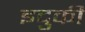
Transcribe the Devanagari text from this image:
इदुकी